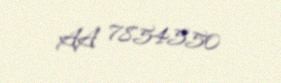
AA 7854550